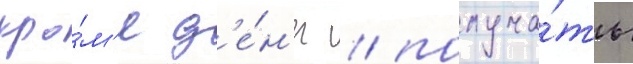
кро́м'е д'е́н'ег / получа́ть